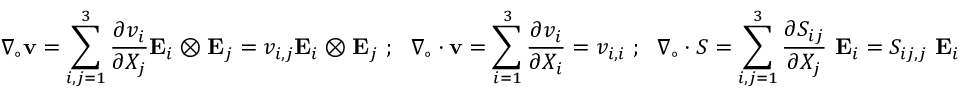
{ \boldsymbol { \nabla } } _ { \circ } \mathbf { v } = \sum _ { i , j = 1 } ^ { 3 } { \frac { \partial v _ { i } } { \partial X _ { j } } } \mathbf { E } _ { i } \otimes \mathbf { E } _ { j } = v _ { i , j } \mathbf { E } _ { i } \otimes \mathbf { E } _ { j } ~ ; ~ ~ { \boldsymbol { \nabla } } _ { \circ } \cdot \mathbf { v } = \sum _ { i = 1 } ^ { 3 } { \frac { \partial v _ { i } } { \partial X _ { i } } } = v _ { i , i } ~ ; ~ ~ { \boldsymbol { \nabla } } _ { \circ } \cdot { \boldsymbol { S } } = \sum _ { i , j = 1 } ^ { 3 } { \frac { \partial S _ { i j } } { \partial X _ { j } } } ~ \mathbf { E } _ { i } = S _ { i j , j } ~ \mathbf { E } _ { i }